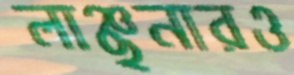
লাঞ্ছনারও